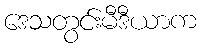
ဒေသတွင်းမီဒီယာက